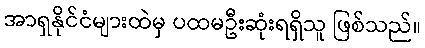
အာရှနိုင်ငံများထဲမှ ပထမဦးဆုံးရရှိသူ ဖြစ်သည်။